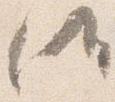
候